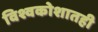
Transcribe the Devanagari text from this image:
विश्वकोशातही